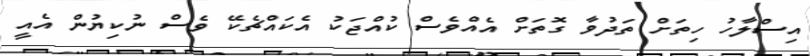
އިސްލާހު ހިތަށް ތަދުވާ ގޮތަށް އެއްވެސް ކުއްޖަކު އެކައްޗެކޭ ވެސް ނުކިޔުން އެއީ